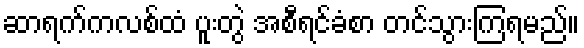
ဆာရက်ကလစ်ထံ ပူးတွဲ အစီရင်ခံစာ တင်သွားကြရမည်။